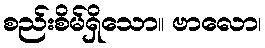
စည်းစိမ်ရှိသော။ ဗာလော၊